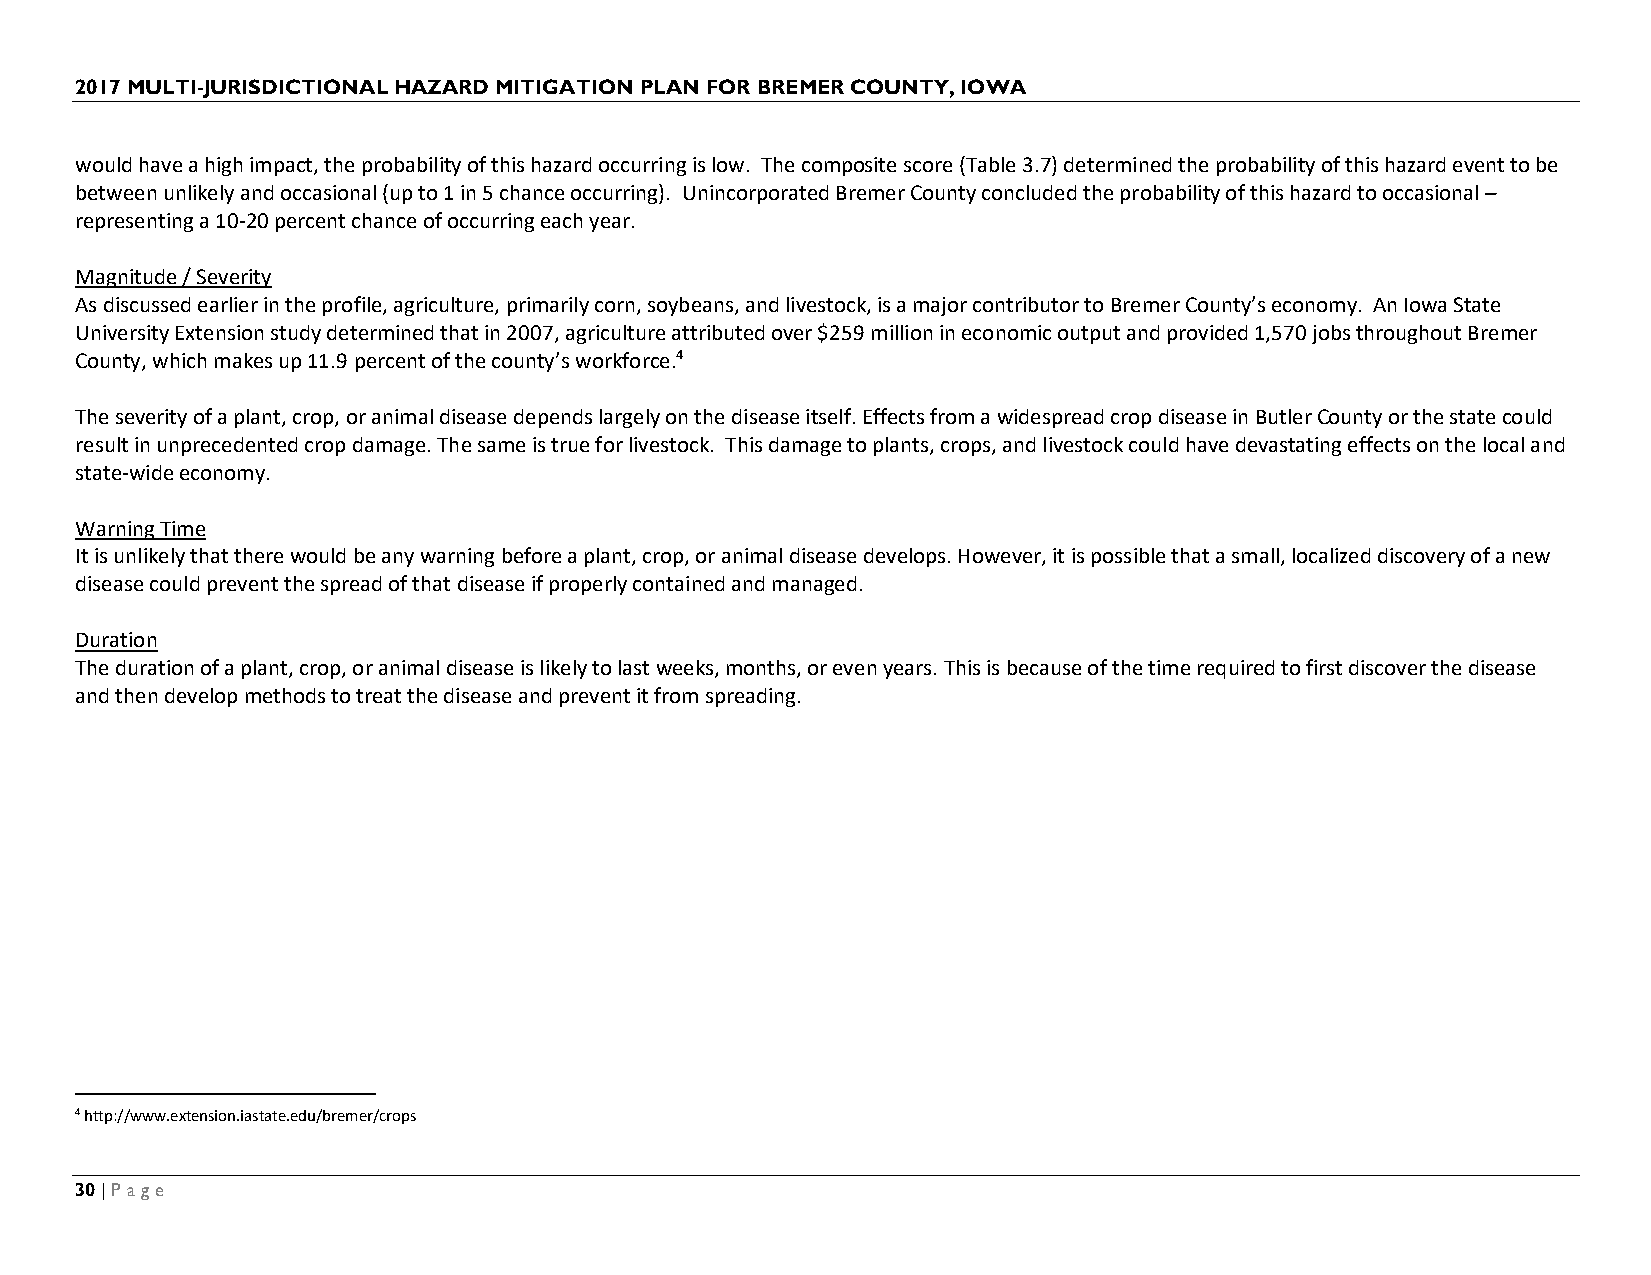
2017 MULTI-JURISDICTIONAL HAZARD MITIGATION PLAN FOR BREMER COUNTY, IOWA
 would have a high impact, the probability of this hazard occurring is low. The composite score (Table 3.7) determined the probability of this hazard event to be
 between unlikely and occasional (up to 1 in 5 chance occurring). Unincorporated Bremer County concluded the probability of this hazard to occasional –
 representing a 10-20 percent chance of occurring each year.
 Magnitude / Severity
 As discussed earlier in the profile, agriculture, primarily corn, soybeans, and livestock, is a major contributor to Bremer County’s economy. An Iowa State
 University Extension study determined that in 2007, agriculture attributed over $259 million in economic output and provided 1,570 jobs throughout Bremer
 County, which makes up 11.9 percent of the county’s workforce.4
 The severity of a plant, crop, or animal disease depends largely on the disease itself. Effects from a widespread crop disease in Butler County or the state could
 result in unprecedented crop damage. The same is true for livestock. This damage to plants, crops, and livestock could have devastating effects on the local and
 state-wide economy.
 Warning Time
 It is unlikely that there would be any warning before a plant, crop, or animal disease develops. However, it is possible that a small, localized discovery of a new
 disease could prevent the spread of that disease if properly contained and managed.
 Duration
 The duration of a plant, crop, or animal disease is likely to last weeks, months, or even years. This is because of the time required to first discover the disease
 and then develop methods to treat the disease and prevent it from spreading.
 4 http://www.extension.iastate.edu/bremer/crops
 30 | Page